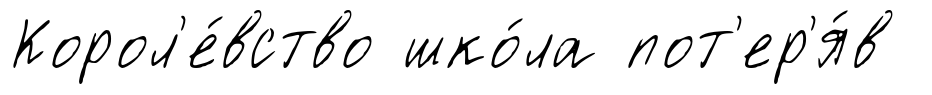
Корол'е́вство шко́ла пот'ер'я́в